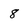
Character: 8